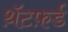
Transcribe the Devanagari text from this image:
थ़ॅटफ़र्ड